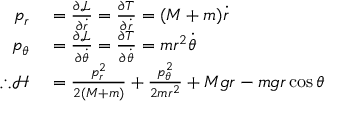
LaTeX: \begin{array} { r l } { p _ { r } } & { { } = { \frac { \partial { \mathcal { L } } } { \partial { \dot { r } } } } = { \frac { \partial T } { \partial { \dot { r } } } } = ( M + m ) { \dot { r } } } \\ { p _ { \theta } } & { { } = { \frac { \partial { \mathcal { L } } } { \partial { \dot { \theta } } } } = { \frac { \partial T } { \partial { \dot { \theta } } } } = m r ^ { 2 } { \dot { \theta } } } \\ { \therefore { \mathcal { H } } } & { { } = { \frac { p _ { r } ^ { 2 } } { 2 ( M + m ) } } + { \frac { p _ { \theta } ^ { 2 } } { 2 m r ^ { 2 } } } + M g r - m g r \cos { \theta } } \end{array}